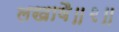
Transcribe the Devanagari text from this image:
लखावै॥२॥